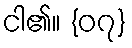
ငါ၏။ {၀၇}